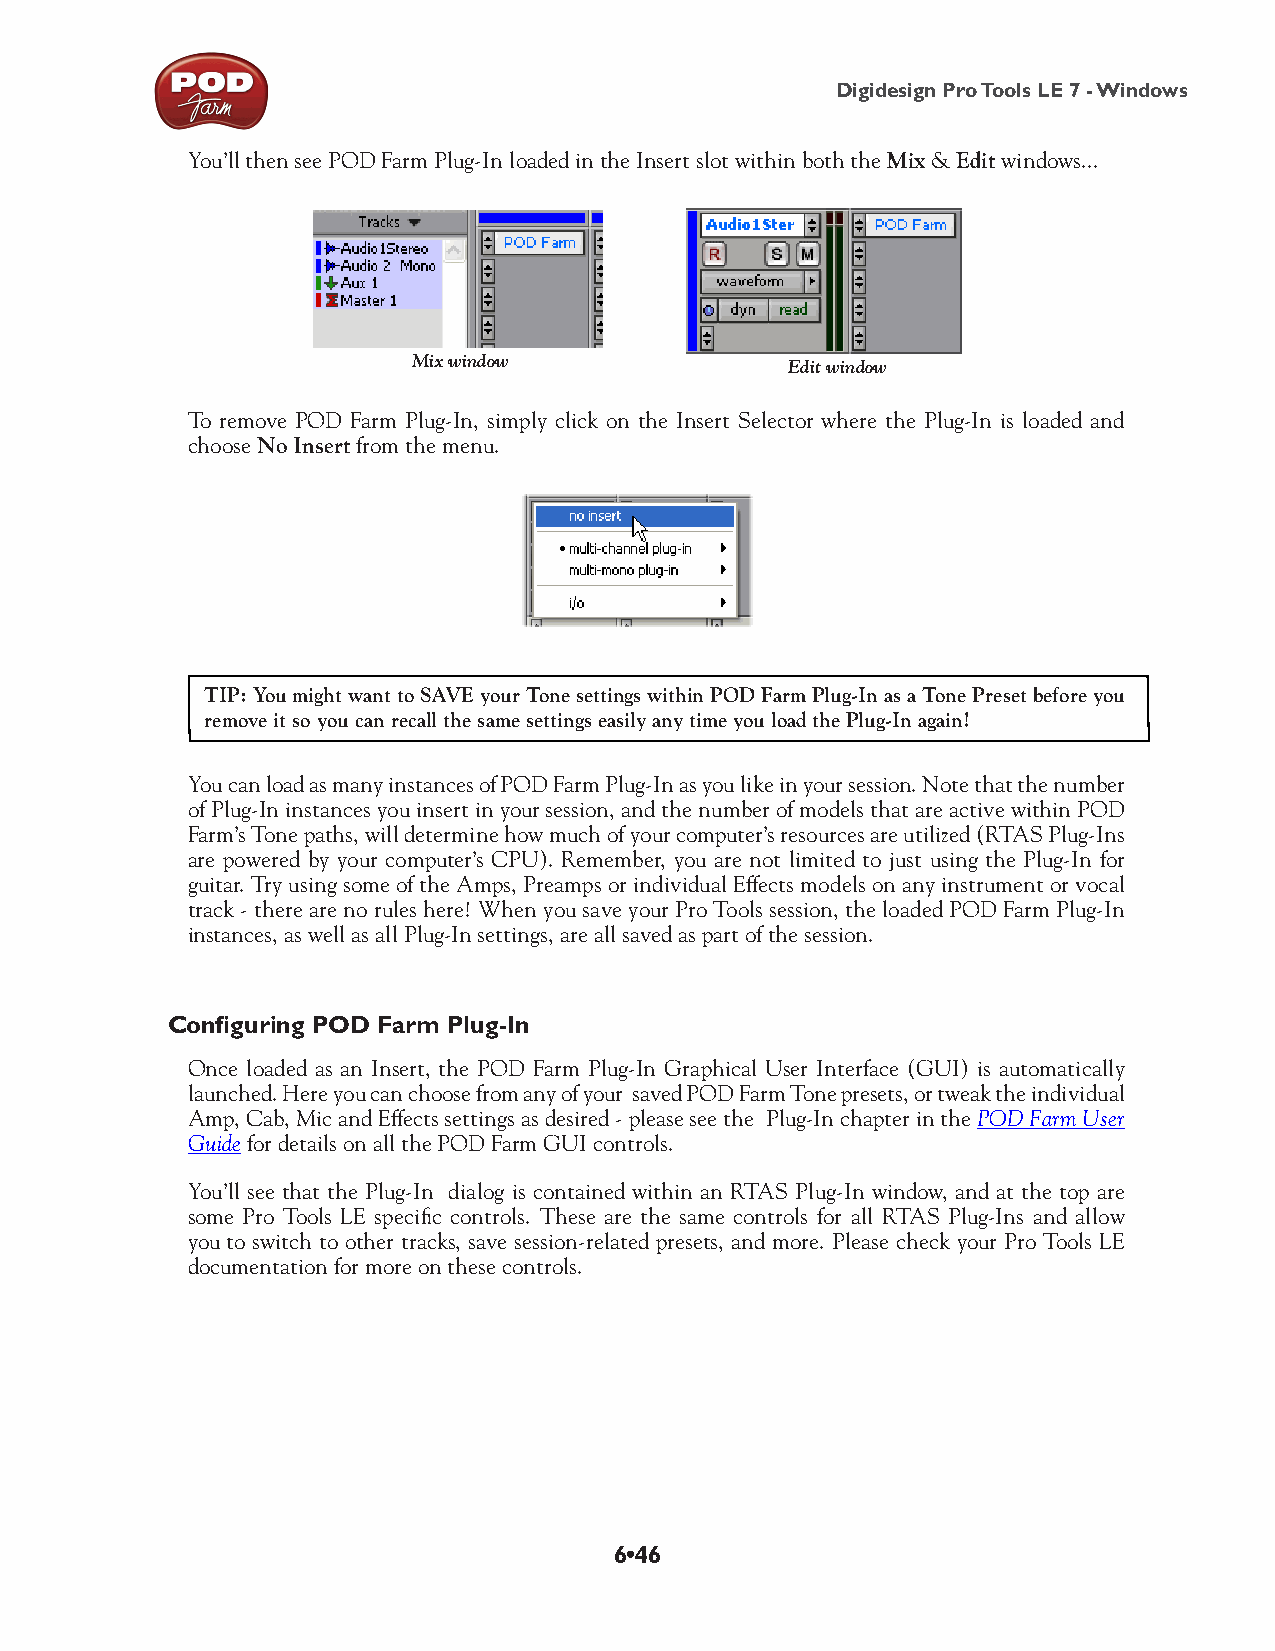
Digidesign Pro Tools LE 7 - Windows
 You’ll then see POD Farm Plug-In loaded in the Insert slot within both the Mix & Edit windows...
 Mix window               Edit window
 To remove POD Farm Plug-In, simply click on the Insert Selector where the Plug-In is loaded and
 choose No Insert from the menu.
 TIP: You might want to SAVE your Tone settings within POD Farm Plug-In as a Tone Preset before you
 remove it so you can recall the same settings easily any time you load the Plug-In again!
 You can load as many instances of POD Farm Plug-In as you like in your session. Note that the number
 of Plug-In instances you insert in your session, and the number of models that are active within POD
 Farm’s Tone paths, will determine how much of your computer’s resources are utilized (RTAS Plug-Ins
 are powered by your computer’s CPU). Remember, you are not limited to just using the Plug-In for
 guitar. Try using some of the Amps, Preamps or individual Effects models on any instrument or vocal
 track - there are no rules here! When you save your Pro Tools session, the loaded POD Farm Plug-In
 instances, as well as all Plug-In settings, are all saved as part of the session.
 Configuring POD Farm Plug-In
 Once loaded as an Insert, the POD Farm Plug-In Graphical User Interface (GUI) is automatically
 launched. Here you can choose from any of your saved POD Farm Tone presets, or tweak the individual
 Amp, Cab, Mic and Effects settings as desired - please see the Plug-In chapter in the POD Farm User
 Guide for details on all the POD Farm GUI controls.
 You’ll see that the Plug-In dialog is contained within an RTAS Plug-In window, and at the top are
 some Pro Tools LE specific controls. These are the same controls for all RTAS Plug-Ins and allow
 you to switch to other tracks, save session-related presets, and more. Please check your Pro Tools LE
 documentation for more on these controls.
 6•46